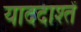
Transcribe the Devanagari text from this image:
याददाश्तें